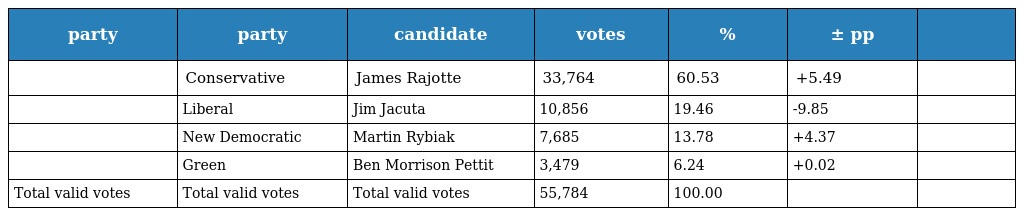
| party | party | candidate | votes | % | ± pp |  |
 | --- | --- | --- | --- | --- | --- | --- |
 |  | Conservative | James Rajotte | 33,764 | 60.53 | +5.49 |  |
 |  | Liberal | Jim Jacuta | 10,856 | 19.46 | -9.85 |  |
 |  | New Democratic | Martin Rybiak | 7,685 | 13.78 | +4.37 |  |
 |  | Green | Ben Morrison Pettit | 3,479 | 6.24 | +0.02 |  |
 | Total valid votes | Total valid votes | Total valid votes | 55,784 | 100.00 |  |  |